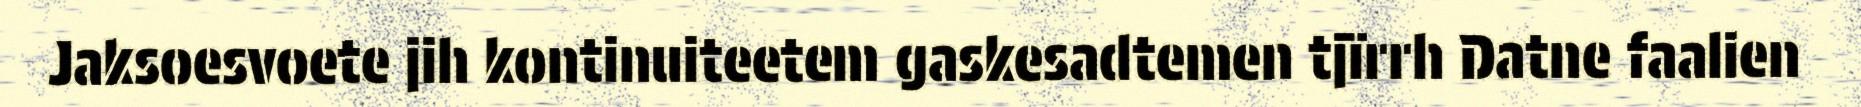
Jaksoesvoete jih kontinuiteetem gaskesadtemen tjïrrh Datne faalien